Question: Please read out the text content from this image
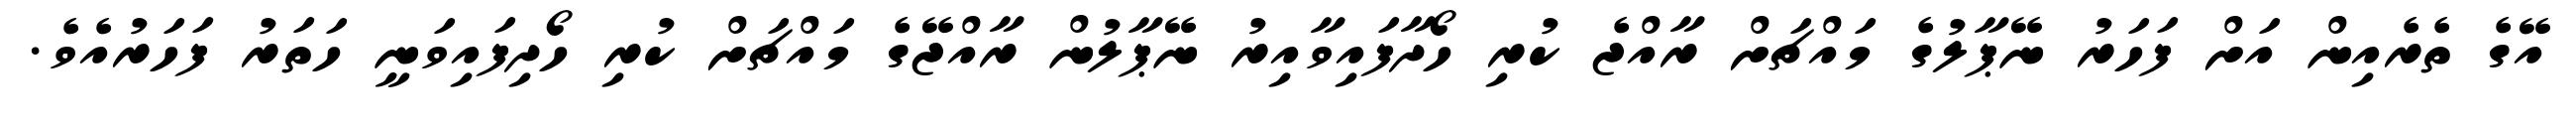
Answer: އޭގެ ތެރެއިން އަށް ފަހަރު ނޭޕާލުގެ މައްޗަށް ރާއްޖެ ކުރި ހޯދާފައިވާއިރު ނޭޕާލުން ރާއްޖޭގެ މައްޗަށް ކުރި ހޯދިފައިވަނީ ހަތަރު ފަހަރުއެވެ.